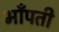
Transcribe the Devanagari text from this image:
भाँपती